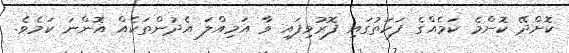
ކޮށްދޭ ކޮންމެ ކަމެއްގެ ފަހަތުގައި ފޮރުވިފައި ވާ އަމިއްލަ އެދުންތަކެއް އޮންނަ ކަމެވެ.